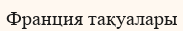
Франция тақуалары